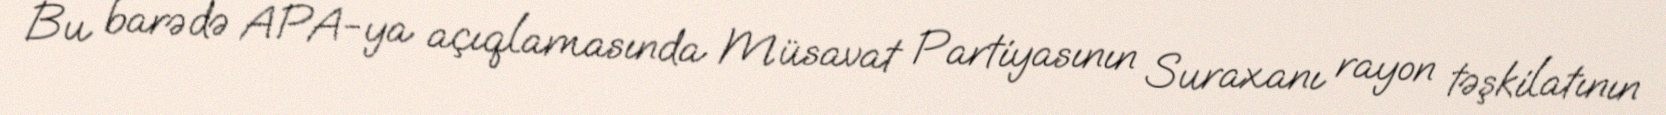
Bu barədə APA-ya açıqlamasında Müsavat Partiyasının Suraxanı rayon təşkilatının